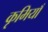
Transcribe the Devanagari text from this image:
कृमियाँ